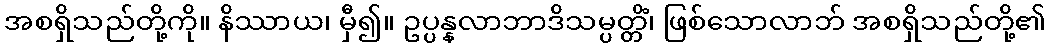
အစရှိသည်တို့ကို။ နိဿာယ၊ မှီ၍။ ဥပ္ပန္နလာဘာဒိသမ္ပတ္တိံ၊ ဖြစ်သောလာဘ် အစရှိသည်တို့၏